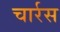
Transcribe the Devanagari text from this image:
चार्रस